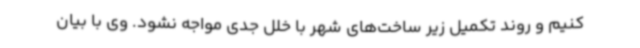
کنیم و روند تکمیل زیر ساخت‌های شهر با خلل جدی مواجه نشود. وی با بیان